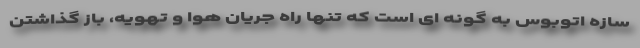
سازه اتوبوس به گونه ای است که تنها راه جریان هوا و تهویه، باز گذاشتن